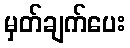
မှတ်ချက်ပေး